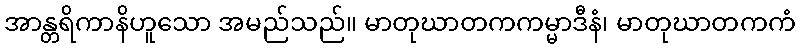
အာန္တရိကာနိဟူသော အမည်သည်။ မာတုဃာတကကမ္မာဒီနံ၊ မာတုဃာတကကံ